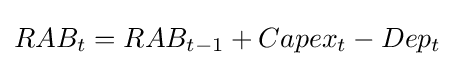
RAB_{t}=RAB_{t-1}+Capex_{t}-Dep_{t}\,\!